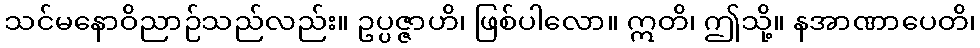
သင်မနောဝိညာဉ်သည်လည်း။ ဥပ္ပဇ္ဇာဟိ၊ ဖြစ်ပါလော။ ဣတိ၊ ဤသို့။ နအာဏာပေတိ၊